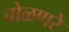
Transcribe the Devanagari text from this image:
चोळणरे